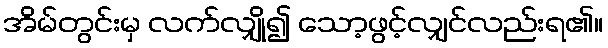
အိမ်တွင်းမှ လက်လျှို၍ သော့ဖွင့်လျှင်လည်းရ၏။